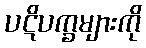
ပဋိပက္ခများကို